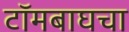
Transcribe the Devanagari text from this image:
टॉमबाघचा